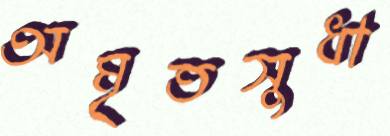
অমৃতসুধা